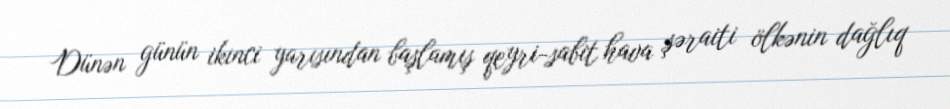
Dünən günün ikinci yarısından başlamış qeyri-sabit hava şəraiti ölkənin dağlıq